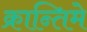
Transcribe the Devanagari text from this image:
क्रान्तिमे